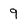
Character: g